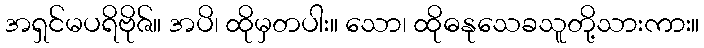
အရှင်မပရိဗိုဇ်။ အပိ၊ ထိုမှတပါး။ သော၊ ထိုဓနုသေခသူတို့သားကား။